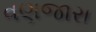
વણજારા